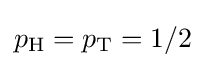
p_{\text{H}}=p_{\text{T}}=1/2